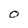
Character: O